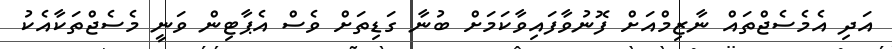
އަދި އެމެސެޖްތައް ނާޒިމްއަށް ފޮނުވާފައިވާކަމަށް ބުނާ ގަޑިތަށް ވެސް އެޕާޓިން ވަނީ މެސެޖްތަކާއެކު